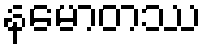
နမောတဿ